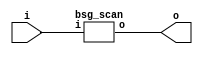


module top
(
  i,
  o
);

  input [15:0] i;
  output [15:0] o;

  bsg_scan
  wrapper
  (
    .i(i),
    .o(o)
  );


endmodule



module bsg_scan
(
  i,
  o
);

  input [15:0] i;
  output [15:0] o;
  wire [15:0] o;

endmodule